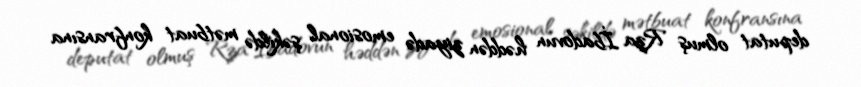
deputat olmuş Rza İbadovun həddən ziyadə emosional şəkildə mətbuat konfransına